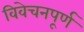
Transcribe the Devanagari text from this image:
विवेचनपूर्ण